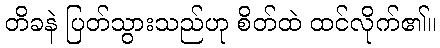
တိခနဲ ပြတ်သွားသည်ဟု စိတ်ထဲ ထင်လိုက်၏။